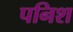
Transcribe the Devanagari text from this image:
पनिश